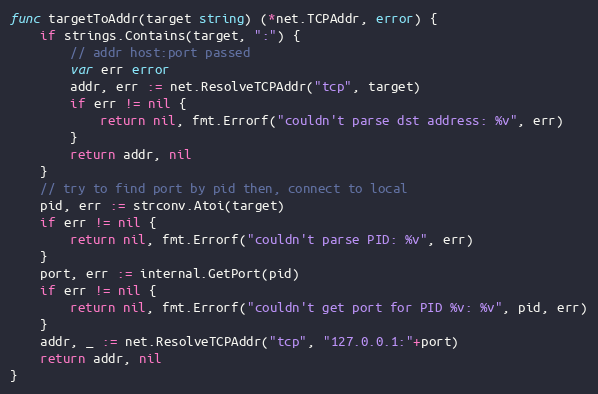
Language: Go
func targetToAddr(target string) (*net.TCPAddr, error) {
	if strings.Contains(target, ":") {
		// addr host:port passed
		var err error
		addr, err := net.ResolveTCPAddr("tcp", target)
		if err != nil {
			return nil, fmt.Errorf("couldn't parse dst address: %v", err)
		}
		return addr, nil
	}
	// try to find port by pid then, connect to local
	pid, err := strconv.Atoi(target)
	if err != nil {
		return nil, fmt.Errorf("couldn't parse PID: %v", err)
	}
	port, err := internal.GetPort(pid)
	if err != nil {
		return nil, fmt.Errorf("couldn't get port for PID %v: %v", pid, err)
	}
	addr, _ := net.ResolveTCPAddr("tcp", "127.0.0.1:"+port)
	return addr, nil
}